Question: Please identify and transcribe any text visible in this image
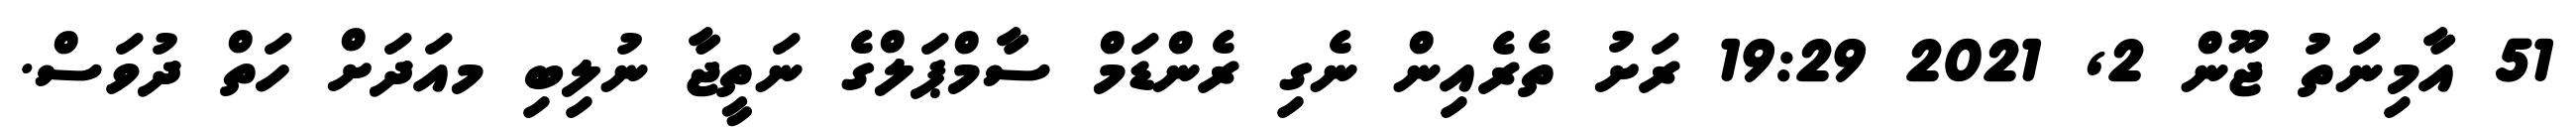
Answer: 51 އާމިނަތު ޖޫން 2, 2021 19:29 ރަށު ތެރެއިން ނެގި ރެންޑަމް ސާމްޕަލްގެ ނަތީޖާ ނުލިބި މއަދަށް ހަތް ދުވަސް.